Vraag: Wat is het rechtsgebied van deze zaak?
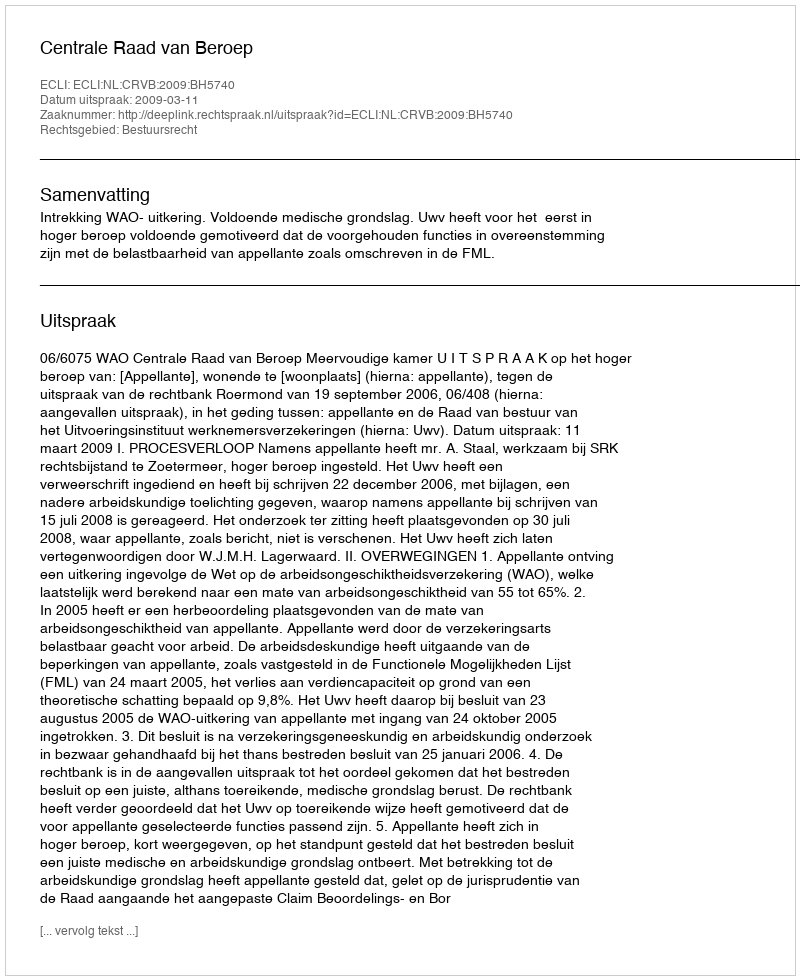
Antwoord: Bestuursrecht